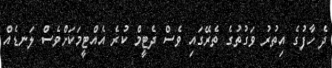
ދެ ހާފުގެ އިތުރު ވަގުތުގެ ތެރޭގައި ވެސް ދެޓީމް ކުރެ އެއްޓީމަކަށްވެސް ލަނޑެއް